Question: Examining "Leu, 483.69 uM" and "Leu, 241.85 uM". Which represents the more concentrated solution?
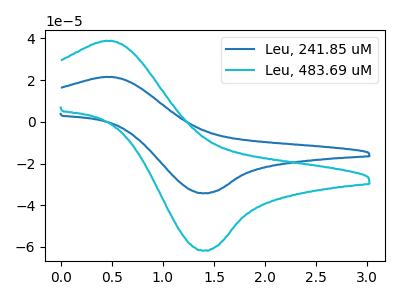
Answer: <think>The blue curve "Leu, 241.85 uM" has an anodic peak at (0.45V, 21.50uA) and a cathodic peak at (1.40V, -34.20uA). The cyan curve "Leu, 483.69 uM" has an anodic peak at (0.45V, 38.75uA) and a cathodic peak at (1.40V, -61.70uA).
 All the peaks in "Leu, 483.69 uM" have a peak in "Leu, 241.85 uM" at the same potential. Every peak in "Leu, 483.69 uM" is higher than every peak in "Leu, 241.85 uM".</think>
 <answer>"Leu, 483.69 uM" has more signal than "Leu, 241.85 uM" and so likely has a higher concentration.</answer>
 <eval>more_concentration</eval>